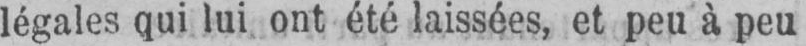
légales qui lui ont été laissées, et peu à peu